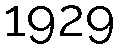
1929